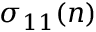
\sigma _ { 1 1 } ( n )